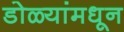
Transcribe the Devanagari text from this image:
डोळ्यांमधून